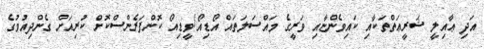
އަދި ޢާއިލީ ޝަރީޢަތްތަކާއި ކައިވެންޏާއި ވަރީގެ މައްސަލަތައް އޯޑިއޯ/ވީޑިއޯ ކޮންފަރެންސްކޮށް ކުރިއަށް ގެންދިއުމުގެ